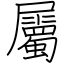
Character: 屬